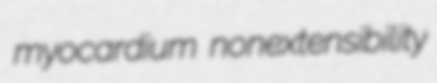
myocardium nonextensibility